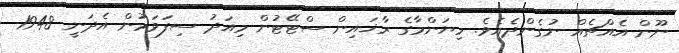
ނޫން އެއްޗެއް ނުގެންދެއެވެ. މިޔަންމާގެ ރާޚައިން ސްޓޭޓުން މިއަދު ސިފަވަމުން އެދަނީ 1948